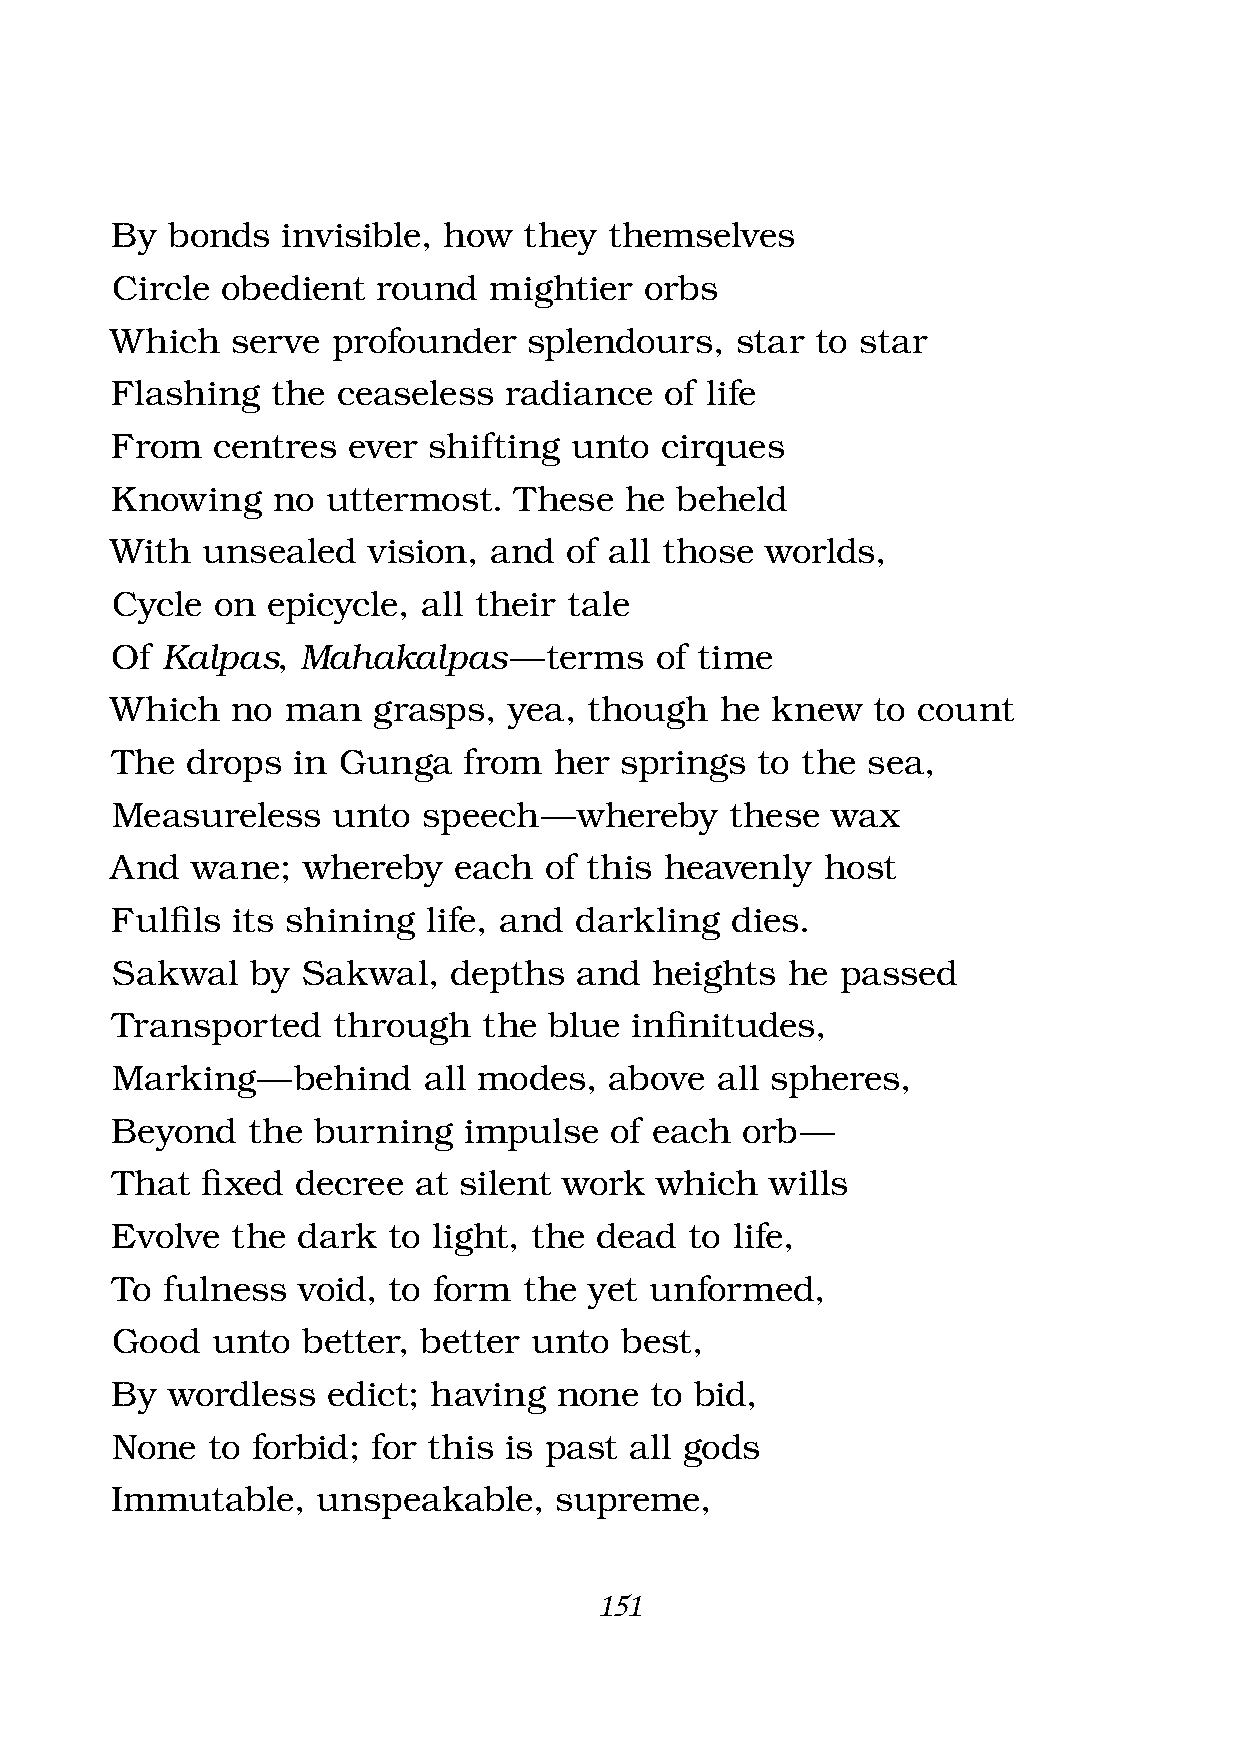
By  bonds   invisible, how  they themselves
 Circle  obedient  round  mightier   orbs
 Which   serve  profounder   splendours,   star to star
 Flashing   the ceaseless  radiance   of life
 From   centres  ever shifting  unto  cirques
 Knowing    no  uttermost.  These  he  beheld
 With  unsealed   vision, and  of all those  worlds,
 Cycle  on  epicycle, all their tale
 Of  Kalpas,  Mahakalpas    — terms  of time
 Which   no  man   grasps,  yea, though   he knew   to count
 The  drops  in Gunga    from  her springs  to the sea,
 Measureless    unto  speech  — whereby   these  wax
 And   wane;  whereby   each  of this heavenly   host
 Fulfi ls its shining life, and darkling  dies.
 Sakwal    by Sakwal,   depths  and  heights  he  passed
 Transported    through   the blue  infi nitudes,
 Marking   — behind   all modes,  above  all spheres,
 Beyond   the  burning   impulse  of each  orb —
 That  fi xed decree at silent work  which   wills
 Evolve  the  dark  to light, the dead  to life,
 To  fulness  void, to form  the yet unformed,
 Good   unto  better, better unto  best,
 By  wordless   edict; having  none  to bid,
 None   to forbid; for this is past all gods
 Immutable,    unspeakable,    supreme,
 151